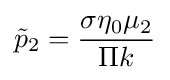
{\tilde {p}}_{2}={\frac {\sigma \eta _{0}\mu _{2}}{\Pi k}}